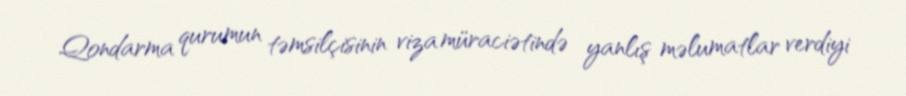
Qondarma qurumun təmsilçisinin viza müraciətində yanlış məlumatlar verdiyi